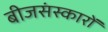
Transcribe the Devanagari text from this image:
बीजसंस्कारों